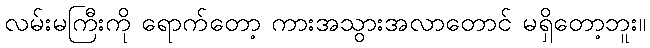
လမ်းမကြီးကို ရောက်တော့ ကားအသွားအလာတောင် မရှိတော့ဘူး။